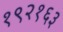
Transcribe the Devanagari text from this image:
१९२१६३